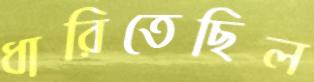
ধারিতেছিল